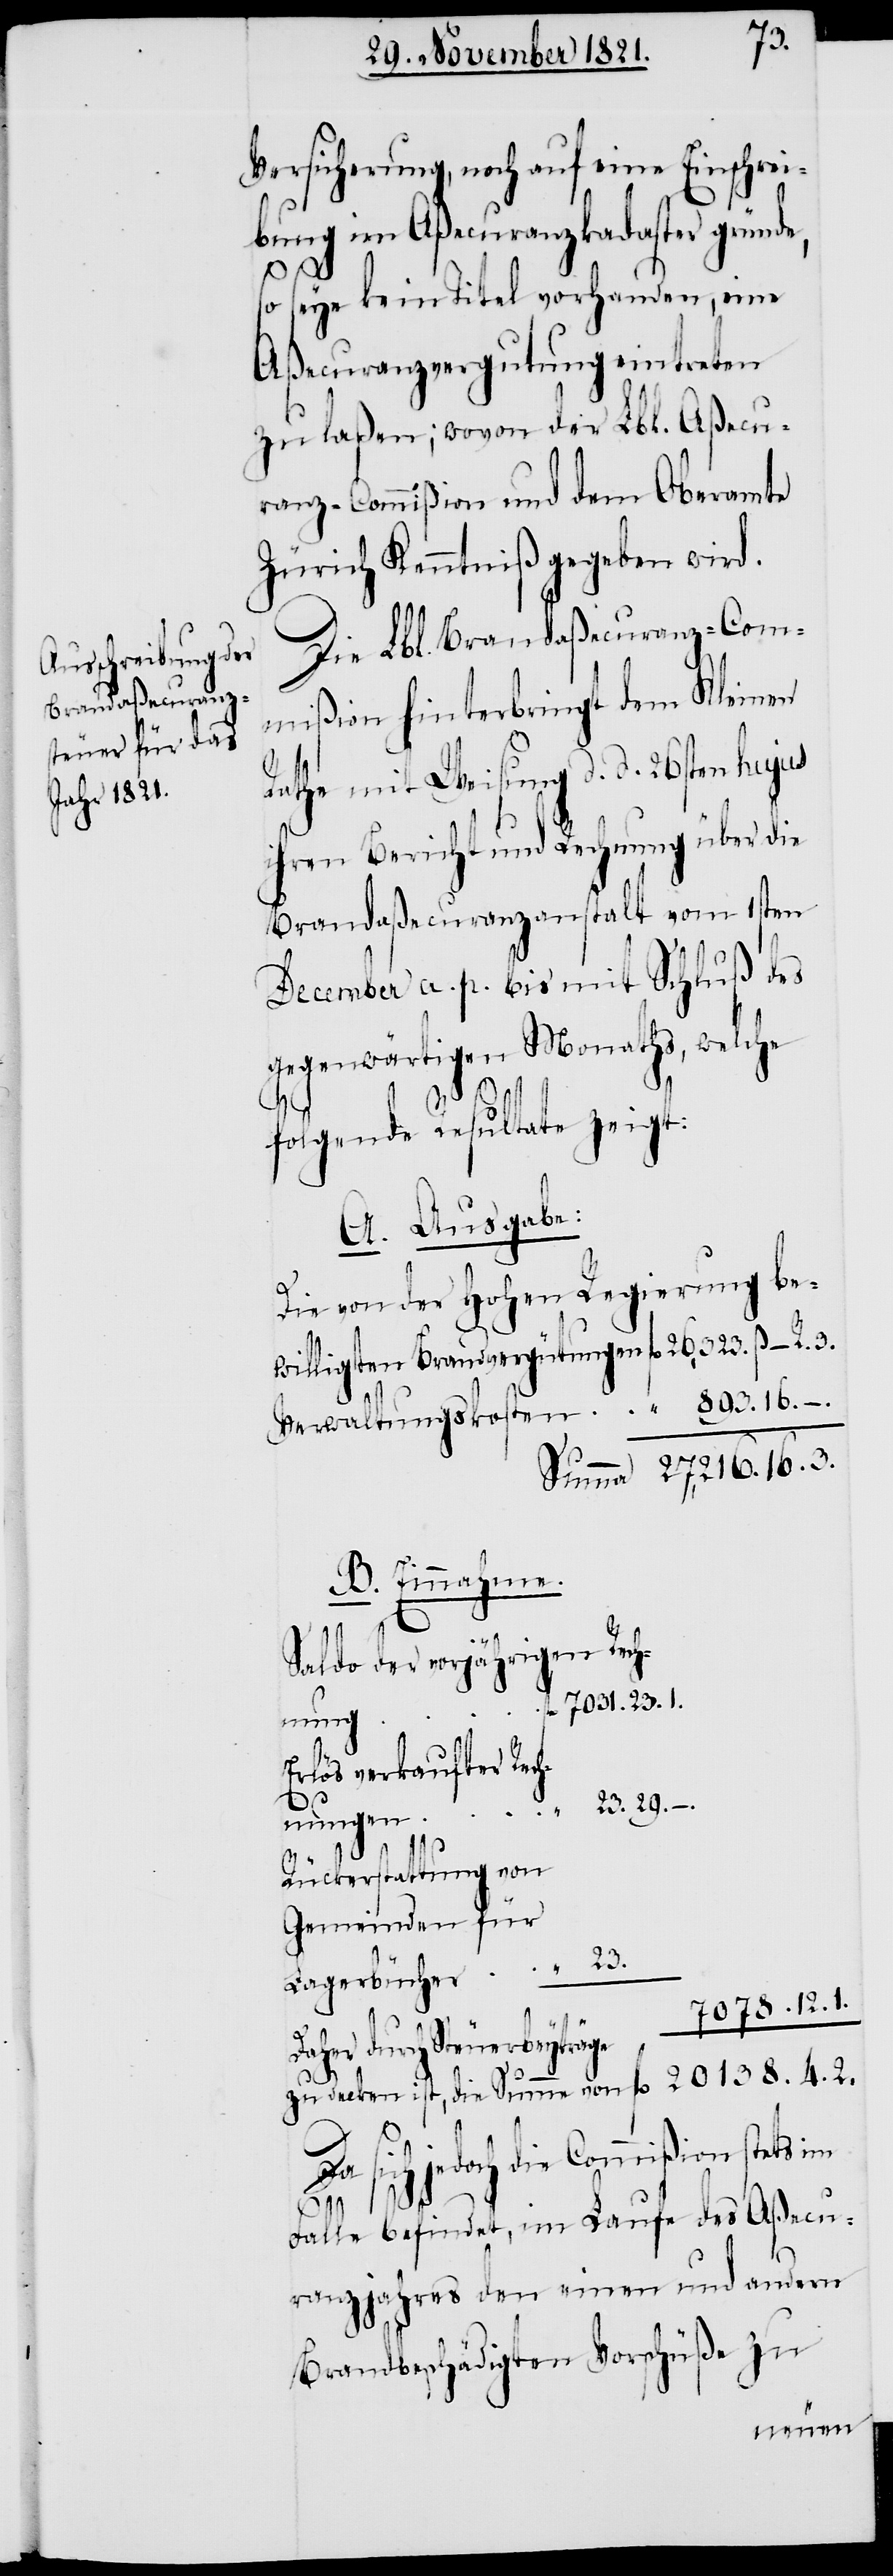
Versicherung, noch auf eine Einschrei¬
bung im Aßecuranzkadaster gründe,
7078.12.1.
so seye kein Titel vorhanden, eine
Aßecuranzvergutung eintreten
zu laßen; wovon der Lbl. Aßecu¬
ranz-Commißion und dem Oberamte
Zürich Kenntniß gegeben wird.
Die Lbl. Brandaßecuranz-Com¬
mißion hinterbringt dem Kleinen
Rathe mit Weisung d. d. 26sten hujus
ihren Bericht und Rechnung über die
Brandaßecuranzanstalt vom 1sten
December a. p. bis mit Schluß des
gegenwärtigen Monaths, welche
folgende Resultate zeigt:
A. Ausgabe:
Die von der Hohen Regierung be¬
B. Einnahme.
Saldo der vorjährigen Rech¬
fl. 7031.23.1.
nung
Erlös verkaufter Rec¬
23.
“ 23.29.–.
hnungen
Rückerstattung von
Gemeinden für
Daher durch Steuerbeyträge zu decken ist,
Da sich jedoch die Commißion stets im
20138.4.2.
Falle befindet, im Laufe des Aßecu¬
ranzjahres den einen und andern
Brandbeschädigten Vorschüße zu